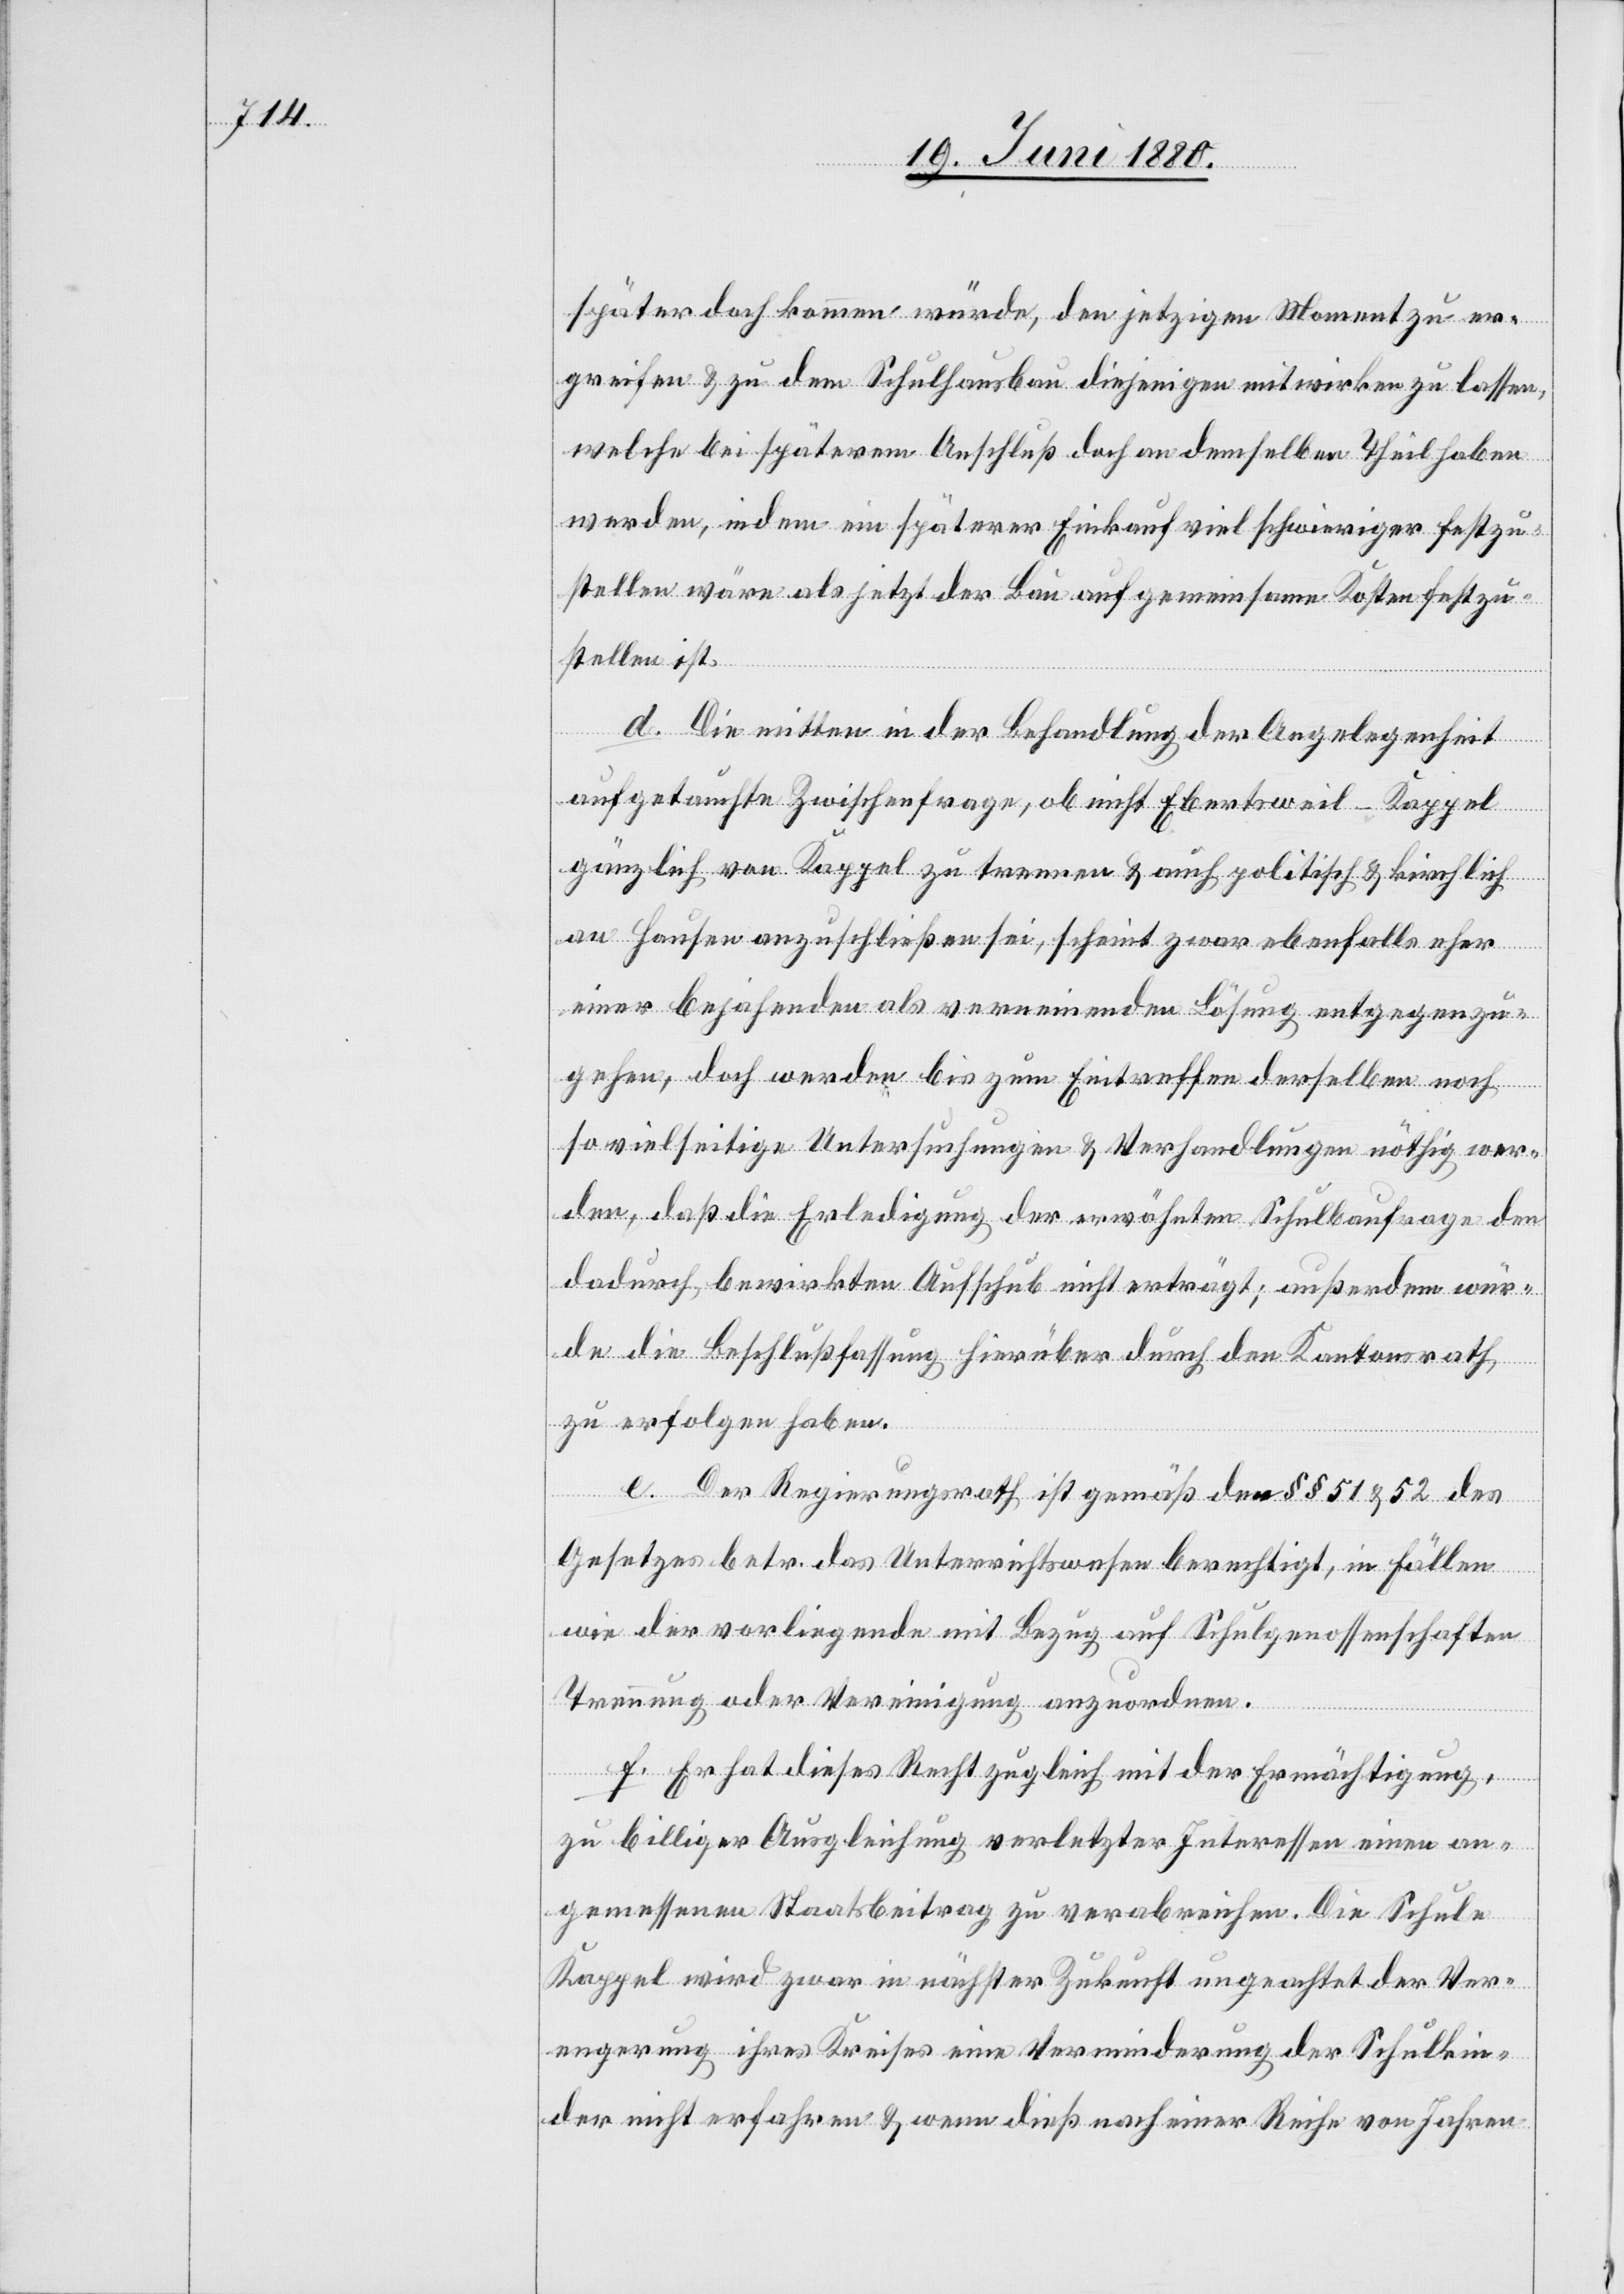
später doch kommen würde, den jetzigen Moment zu er¬
greifen & zu dem Schulhausbau diejenigen mitwirken zu lassen,
welche bei späterm Anschluß an demselben Theil haben
werden, indem ein späterer Einkauf viel schwieriger festzu¬
stellen wäre als jetzt der Bau auf gemeinsamen Kosten festzu¬
stellen ist.
d. Die mitten in der Behandlung der Angelegenheit
aufgetauchte Zwischenfrage, ob nicht Ebertsweil-Kappel
gänzlich von Kappel zu trennen & auch politisch & kirchlich
an Hausen anzuschließen sei, scheint zwar ebenfalls eher
einer bejahenden als verneinenden Lösung entgegenzu¬
gehen, doch werden bis zum Eintreffen derselben noch
so vielseitige Untersuchungen & Verhandlungen nöthig wer¬
den, daß die Erledigung der erwähnten Schulbaufrage den
dadurch bewirkten Aufschub nicht erträgt; außerdem wür¬
de die Beschlußfassung hierüber durch den Kantonsrath
zu erfolgen haben.
e. Der Regierungsrath ist gemäß den §§ 51 & 52 des
Gesetzes betr. das Unterrichtswesen berechtigt, in Fällen
wie der vorliegende mit Bezug auf Schulgenossenschaften
Trennung oder Vereinigung anzuordnen.
f. Er hat dieses Recht zugleich mit der Ermächtigung,
zu billiger Ausgleichung verletzter Interessen einen an¬
gemessenen Staatsbeitrag zu verabreichen. Die Schule
Kappel wird zwar in nächster Zukunft ungeachtet der Ver¬
engerung ihres Kreises eine Verminderung der Schulkin¬
der nicht erfahren & wenn dieß nach einer Reihe von Jahren